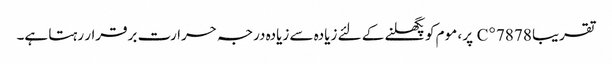
تقریبا 78 78 ° C پر ، موم کو پگھلنے کے لئے زیادہ سے زیادہ درجہ حرارت برقرار رہتا ہے۔